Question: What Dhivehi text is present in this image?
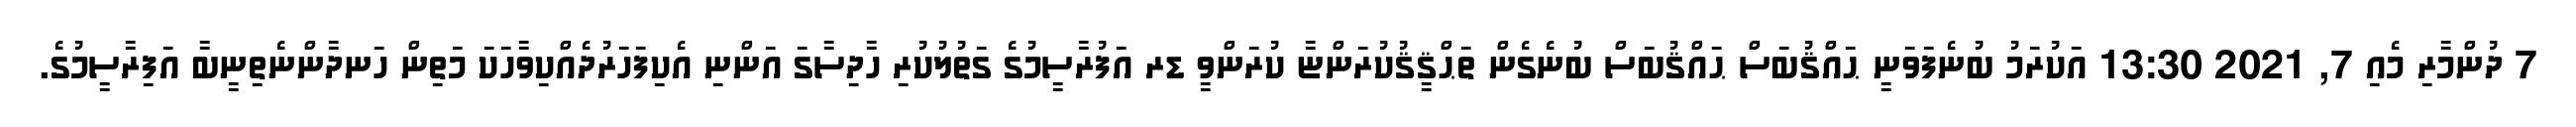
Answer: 7 ދުންމާރި މެއި 7, 2021 13:30 އަކުރަމު ބުނެފަވަނީ ޙައްޤުބަސް ޙައްޤުބަސް ބުނެގެން ތަޙްޤީޤުކުރަންޏާ ކުރަންވީ ޑރ އަފުރާސީމުގެ ގަތުލުކުރި ހާދިސާގަ އަންނި އެކިފަހަރުދެއްކިވާހަކަ މަތިން ހަނދާންނެތިނީބާ އަފިރާސީމުގެ.